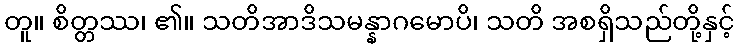
တူ။ စိတ္တဿ၊ ၏။ သတိအာဒိသမန္နာဂမောပိ၊ သတိ အစရှိသည်တို့နှင့်